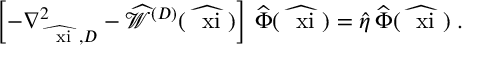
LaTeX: \left[ - \nabla _ { \widehat { \mathrm { \boldmath ~ \scriptstyle { \ x i } ~ } } , D } ^ { 2 } - \widehat { { \mathcal W } } ^ { ( { D } ) } ( \widehat { \mathrm { \boldmath ~ \ x i ~ } } ) \right] \, \widehat { \Phi } ( \widehat { \mathrm { \boldmath ~ \ x i ~ } } ) = \widehat { \eta } \, \widehat { \Phi } ( \widehat { \mathrm { \boldmath ~ \ x i ~ } } ) \; .